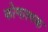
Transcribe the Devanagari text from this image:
कोणात्मक